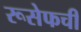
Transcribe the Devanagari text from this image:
रूसेफची